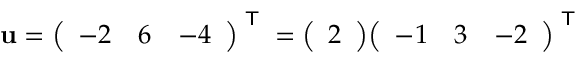
\mathbf { u } = { \left( \begin{array} { l l l } { - 2 } & { 6 } & { - 4 } \end{array} \right) } ^ { \textsf { T } } = { \left( \begin{array} { l } { 2 } \end{array} \right) } { \left( \begin{array} { l l l } { - 1 } & { 3 } & { - 2 } \end{array} \right) } ^ { \textsf { T } }